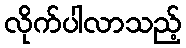
လိုက်ပါလာသည့်